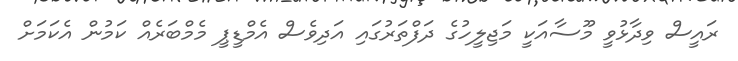
ރައީސް ވިދާޅުވީ މޫސާއަކީ މަޖިލީހުގެ ދަފްތަރުގައި އަދިވެސް އެމްޑީޕީ މެމްބަރެއް ކަމުން އެކަމަށް